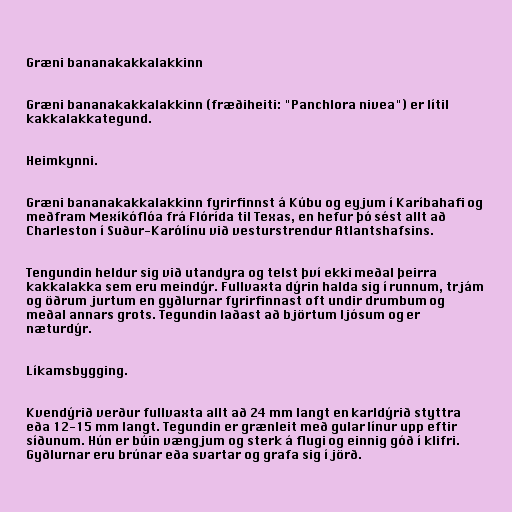
Græni bananakakkalakkinn

Græni bananakakkalakkinn (fræðiheiti: "Panchlora nivea") er lítil
kakkalakkategund.

Heimkynni.

Græni bananakakkalakkinn fyrirfinnst á Kúbu og eyjum í Karíbahafi og
meðfram Mexíkóflóa frá Flórída til Texas, en hefur þó sést allt að
Charleston í Suður-Karólínu við vesturstrendur Atlantshafsins.

Tengundin heldur sig við utandyra og telst því ekki meðal þeirra
kakkalakka sem eru meindýr. Fullvaxta dýrin halda sig í runnum, trjám
og öðrum jurtum en gyðlurnar fyrirfinnast oft undir drumbum og
meðal annars grots. Tegundin laðast að björtum ljósum og er
næturdýr.

Líkamsbygging.

Kvendýrið verður fullvaxta allt að 24 mm langt en karldýrið styttra
eða 12-15 mm langt. Tegundin er grænleit með gular línur upp eftir
síðunum. Hún er búin vængjum og sterk á flugi og einnig góð í klifri.
Gyðlurnar eru brúnar eða svartar og grafa sig í jörð.